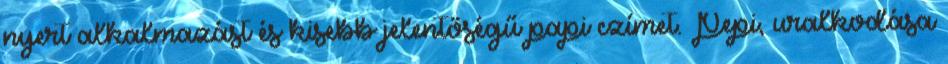
nyert alkalmazást és kisebb jelentőségű papi czímet. Pepi, uralkodása